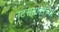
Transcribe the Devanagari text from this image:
नटसम्राटांच्या